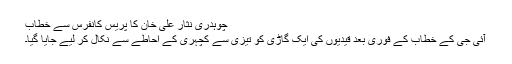
چوہدری نثار علی خان کا پریس کانفرس سے خطاب
آئی جی کے خطاب کے فوری بعد قیدیوں کی ایک گاڑی کو تیزی سے کچہری کے احاطے سے نکال کر لیے جایا گیا۔